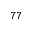
^ { 7 7 }